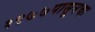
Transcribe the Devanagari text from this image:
१९७७पासूनचा